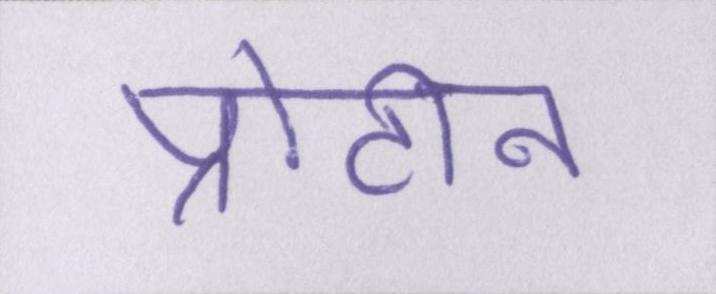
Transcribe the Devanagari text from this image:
प्रोटीन